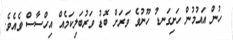
ހުން އައުމުން ހަށިގަނޑު ހޫނުވެ ވަރަށް ބޮޑު ވަރުބަލިކަމެއް އިހްސާސް ވެއެވެ.